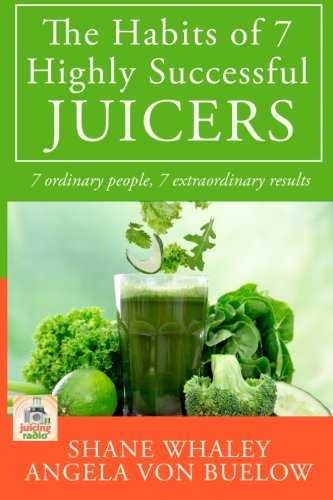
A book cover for The Habits of 7 Highly Successful Juicers: 7 Ordinary People, 7 Extraordinary Results; Shane Whaley; Cookbooks, Food & Wine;